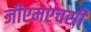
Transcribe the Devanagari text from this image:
जीएमएचसी